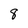
Character: 8